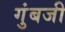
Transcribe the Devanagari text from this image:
गुंबजी